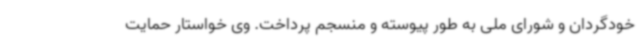
خودگردان و شورای ملی به طور پیوسته و منسجم پرداخت. وی خواستار حمایت